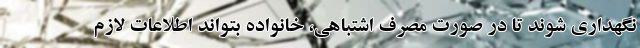
نگهداری شوند تا در صورت مصرف اشتباهی، خانواده بتواند اطلاعات لازم